Vaccination in the Punjab 1867-1880 - 1867-1880
Year: 1867
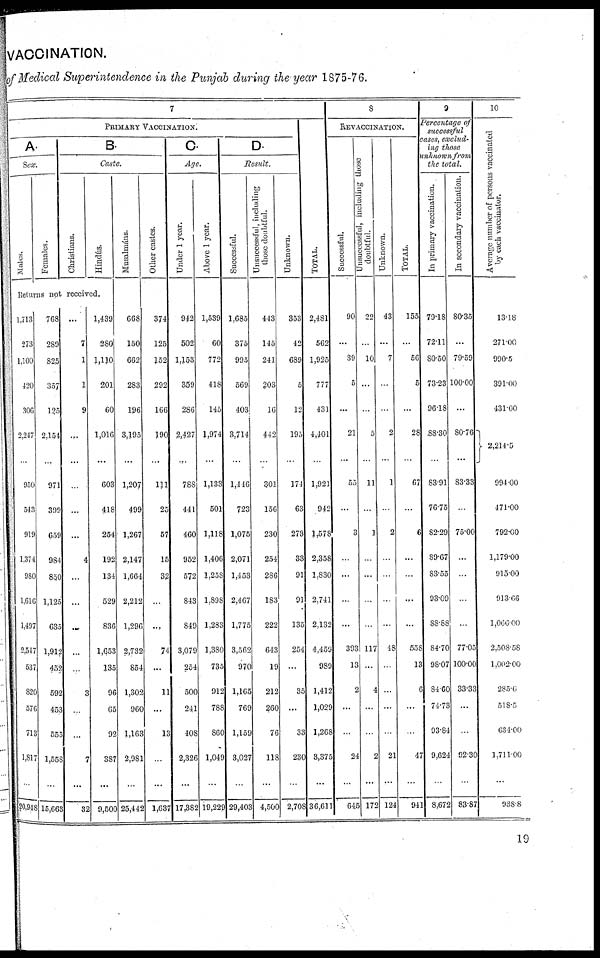
VACCINATION.
of Medical Superintendence in the Punjab during the year 1875-76.
7
PRIMARY VACCINATION.
A.
Sex.
Males.
Females.
B
Caste.
Christians.
Hindús.
Musalmáns.
Other castes.
C
Age.
Under 1 year.
Above 1 year.
D
Result.
Successful.
Unsuccessful, including
those doubtful.
Unknown.
TOTAL.
8
REVACCINATION.
Successful.
Unsuccessful, including those
doubtful.
Unknown.
TOTAL.
9
Percentage of
successful
ases, exclud¬
ing those
unknown from
the total.
In primary vaccination.
In secondary vaccination.
10
Average number of persons
by each vaccinator.
Returns not received.
1,713
273
1,100
120
306
2,247
...
950
543
919
1,374
980
1,616
1,497
2,547
537
820
576
713
1,817
20,948
768
289
825
357
125
2,154
...
971
399
659
984
850
1,125
635
1,912
452
592
453
555
1,558
15,663
...
7
1
1
9
...
...
...
...
...
4
...
...
...
...
...
3
...
...
7
32
1,439
280
1,110
201
60
1,016
...
603
418
254
192
134
529
836
1,653
135
96
65
92
387
9,500
668
150
662
283
196
3,195
...
1,207
499
1,267
2,147
1,664
2,212
1,296
2,732
854
1,302
960
1,163
2,981
25,442
374
125
152
292
166
190
...
111
25
57
15
32
...
...
74
...
11
...
13
...
1,637
942
502
1,153
359
286
2,427
...
788
441
460
952
572
843
849
3,079
254
500
241
408
2,326
17,382
1,539
60
772
418
145
1,974
...
1,133
501
1,118
1,406
1,258
1,898
1,283
1,380
735
912
788
860
1,049
19,229
1,685
375
995
569
403
3,714
...
1,446
723
1,075
2,071
1,453
2,467
1,775
3,562
970
1,165
769
1,159
3,027
29,403
443
145
241
203
16
442
...
301
156
230
254
286
183
222
643
19
212
260
76
118
4,500
353
42
689
5
12
195
...
174
63
273
33
91
91
135
254
...
35
...
33
230
2,70S8
2,481
562
1,925
777
431
4,401
...
1,921
942
1,578
2,358
1,830
2,741
2,132
4,459
989
1,412
1,029
1,268
3,375
36,611
90
...
39
5
...
21
...
55
...
3
...
...
...
...
393
13
2
...
...
24
645
22
...
10
...
...
5
...
11
...
1
...
...
...
...
117
...
4
...
...
2
172
43
...
7
...
...
2
...
1
...
2
...
...
...
...
48
...
...
...
...
21
124
155
...
56
5
...
28
...
67
...
6
...
...
...
...
638
13
6
...
...
47
941
79.18
72.11
80.50
73.23
96.18
88.30
...
83.91
76.75
82.29
89.67
83.55
93.09
88.88
84.70
98.07
84.60
74.73
93.84
9,624
8,672
80.35
...
79.59
100.00
...
80.76
...
83.33
...
75.00
...
...
...
...
77.05
100.00
33.33
...
...
92.30
83.87
13.18
271.00
990.5
391.00
431.00
2,214.5
994.00
471.00
792.00
1,179.00
915.00
913.66
1,066.00
2,508.58
1,002.00
285.6
518.5
634.00
1,711.00
938.8
19